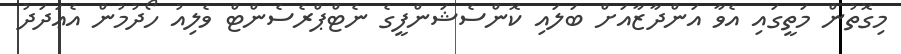
މިގޮތުން މަތީގައި އެވާ އަންދާޒާއަށް ބަލައި ކޮންސެޝަންފީގެ ނެޓްޕްރެސެންޓް ވެލިއު ހޯދުމުން އެޢަދަދު